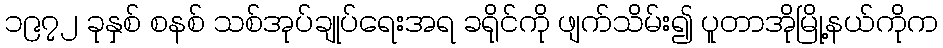
၁၉၇၂ ခုနှစ် စနစ် သစ်အုပ်ချုပ်ရေးအရ ခရိုင်ကို ဖျက်သိမ်း၍ ပူတာအိုမြို့နယ်ကိုက